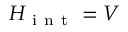
H _ { \mathrm { ~ i ~ n ~ t ~ } } = V